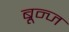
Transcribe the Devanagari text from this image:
ब्रून्ज